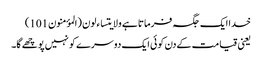
خدا ایک جگہ فرماتا ہے ولایتساءلون (المؤمنون101)
یعنی قیامت کےدن کوئی ایک دوسرے کو نہیں پوچھے گا۔